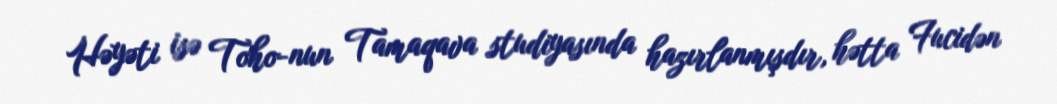
Həyəti isə Toho-nun Tamaqava studiyasında hazırlanmışdır, hətta Fucidən